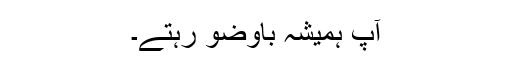
آپ ہمیشہ باوضو رہتے۔